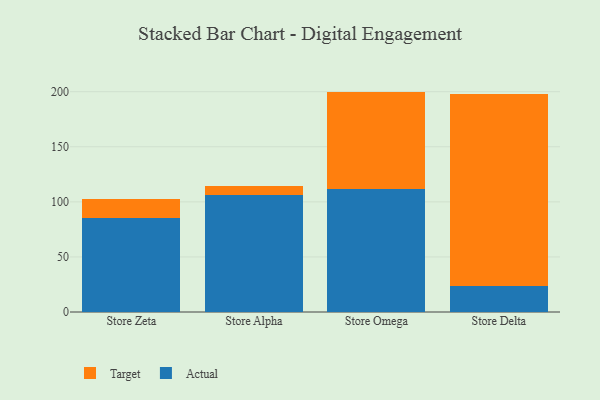
{"axis": {"x": "Store", "y": "Humidity (%)"}, "legend": ["Actual", "Target"], "data": [{"x": "Store Zeta", "y": 85.6, "type": "Actual"}, {"x": "Store Zeta", "y": 16.9, "type": "Target"}, {"x": "Store Alpha", "y": 105.9, "type": "Actual"}, {"x": "Store Alpha", "y": 8.2, "type": "Target"}, {"x": "Store Omega", "y": 111.3, "type": "Actual"}, {"x": "Store Omega", "y": 88.8, "type": "Target"}, {"x": "Store Delta", "y": 23.3, "type": "Actual"}, {"x": "Store Delta", "y": 174.5, "type": "Target"}]}